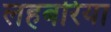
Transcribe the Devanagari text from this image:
लहबरिया